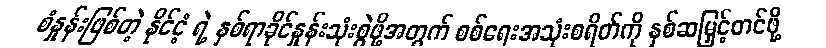
စံနှုန်းဖြစ်တဲ့ နိုင်ငံ့ ရဲ့ နှစ်ရာခိုင်နှုန်းသုံးစွဲဖို့အတွက် စစ်ရေးအသုံးစရိတ်ကို နှစ်ဆမြှင့်တင်ဖို့